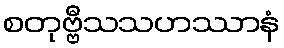
စတုဗ္ဗီသသဟဿာနံ